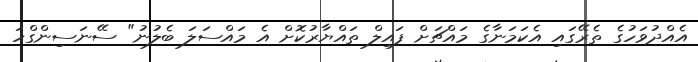
އެއްދުވަހުގެ ތެރޭގައި އެކަމަނާގެ މައްޗަށް ފައިލް ތައްޔާރުކޮށް އެ މައްސަލަ ބެލުނު" ސޭނަސިންގްހަ